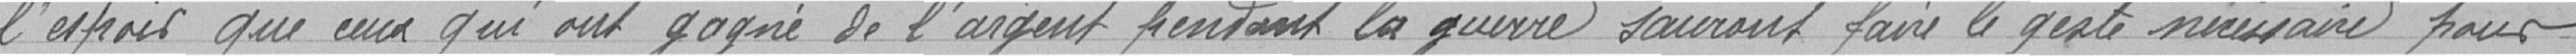
l'espoir que ceux qui ont gagné de l'argent pendant la guerre sauront faire le geste nécessaire pour